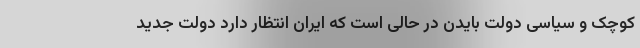
کوچک و سیاسی دولت بایدن در حالی است که ایران انتظار دارد دولت جدید